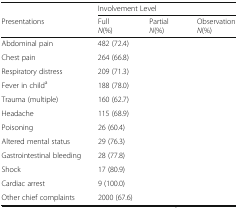
<table><thead><tr><td>[EMPTY_CELL]</td><td colspan="3"><b>Involvement Level</b></td></tr><tr><td><b>Presentations</b></td><td><b>Full<i>N</i>(%)</b></td><td><b>Partial<i>N</i>(%)</b></td><td><b>Observation<i>N</i>(%)</b></td></tr></thead><tbody><tr><td>Abdominal pain</td><td>482 (72.4)</td><td>[EMPTY_CELL]</td><td>[EMPTY_CELL]</td></tr><tr><td>Chest pain</td><td>264 (66.8)</td><td>[EMPTY_CELL]</td><td>[EMPTY_CELL]</td></tr><tr><td>Respiratory distress</td><td>209 (71.3)</td><td>[EMPTY_CELL]</td><td>[EMPTY_CELL]</td></tr><tr><td>Fever in child<sup>a</sup></td><td>188 (78.0)</td><td>[EMPTY_CELL]</td><td>[EMPTY_CELL]</td></tr><tr><td>Trauma (multiple)</td><td>160 (62.7)</td><td>[EMPTY_CELL]</td><td>[EMPTY_CELL]</td></tr><tr><td>Headache</td><td>115 (68.9)</td><td>[EMPTY_CELL]</td><td>[EMPTY_CELL]</td></tr><tr><td>Poisoning</td><td>26 (60.4)</td><td>[EMPTY_CELL]</td><td>[EMPTY_CELL]</td></tr><tr><td>Altered mental status</td><td>29 (76.3)</td><td>[EMPTY_CELL]</td><td>[EMPTY_CELL]</td></tr><tr><td>Gastrointestinal bleeding</td><td>28 (77.8)</td><td>[EMPTY_CELL]</td><td>[EMPTY_CELL]</td></tr><tr><td>Shock</td><td>17 (80.9)</td><td>[EMPTY_CELL]</td><td>[EMPTY_CELL]</td></tr><tr><td>Cardiac arrest</td><td>9 (100.0)</td><td>[EMPTY_CELL]</td><td>[EMPTY_CELL]</td></tr><tr><td>Other chief complaints</td><td>2000 (67.6)</td><td>[EMPTY_CELL]</td><td>[EMPTY_CELL]</td></tr></tbody></table>